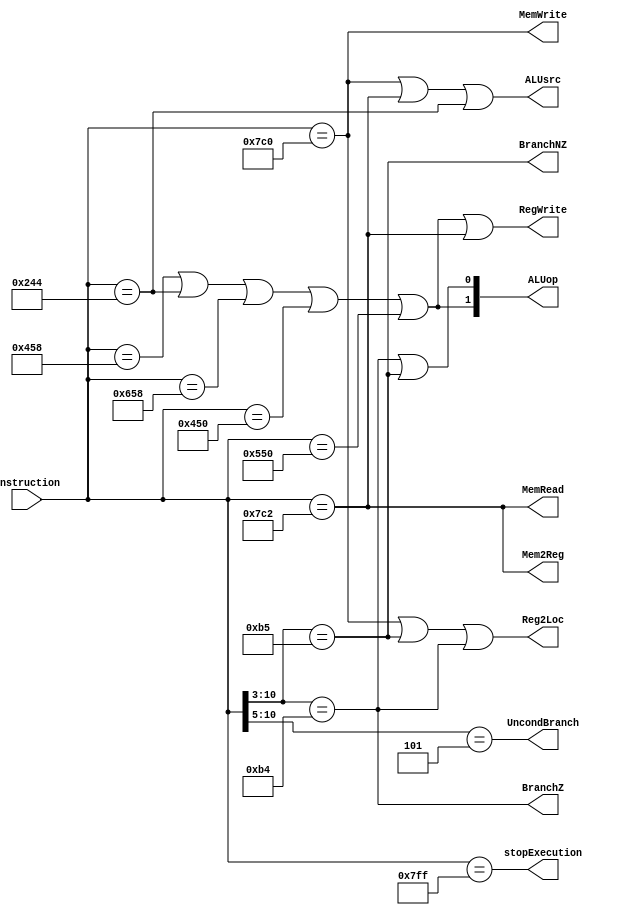
module ControlUnit (	
	input [10:0] instruction,
	output Reg2Loc,
	output BranchZ,
	output BranchNZ,
	output MemRead,
	output Mem2Reg,
	output [1:0] ALUop,
	output MemWrite,
	output ALUsrc,
	output RegWrite,
	output UncondBranch,
	output stopExecution);

parameter 	LDUR = 	11'b11111000010, 						    // Load
			STUR = 	11'b11111000000, 						    // Save
			ADD = 	11'b10001011000,							// Add
			ADDI = 	11'b1001000100,                             // Add immediate
			SUB = 	11'b11001011000,                            // Subtract
			AND = 	11'b10001010000,                            // Bit-wise And
			ORR = 	11'b10101010000,                            // Bit-wise Or
			CBZ = 	8'b10110100,        	                    // Compare and branch on zero
			CBNZ = 	8'b10110101,    	                        // Compare branch not-on-zero
			B = 	6'b000101,		                            // Unconditional Branch
			HALT = 	11'b11111111111,                            // End program
			noop = 32'b00000_100000;
			

assign Reg2Loc = (instruction == STUR) || (instruction[10:3] == CBNZ) || (instruction[10:3] == CBZ);
assign BranchZ = (instruction[10:3] == CBZ);
assign BranchNZ = (instruction[10:3] == CBNZ);
assign ALUsrc = (instruction == STUR) || (instruction == LDUR) || (instruction == ADDI);
assign Mem2Reg = instruction == LDUR;
assign RegWrite = (instruction == ADD) || (instruction == ADDI) || (instruction == SUB) || (instruction == AND) || (instruction == ORR) || (instruction == LDUR);
assign MemRead = instruction == LDUR;
assign MemWrite = instruction == STUR;
assign ALUop[1] = (instruction == ADD) || (instruction == ADDI) || (instruction == SUB) || (instruction == AND) || (instruction == ORR);
assign ALUop[0] = (instruction[10:3] == CBZ) || (instruction[10:3] == CBNZ);
assign UncondBranch = instruction[10:5] == B;
assign stopExecution = instruction == HALT;


endmodule